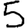
Digit: 5